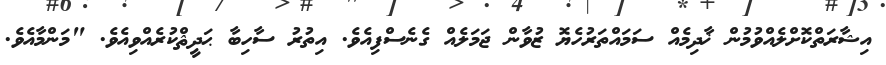
އިޝާރަތްކޮށްލެއްވުމުން ޚާދިމެއް ސަމައްތަރުހެޔޮ ޒުވާން ޖަމަލެއް ގެނެސްފިއެވެ. އިތުރު ސާހިބާ ޙަދީޘްކުރެއްވިއެވެ. "މަންމާއެވެ.